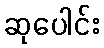
ဆုပေါင်း